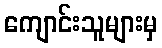
ကျောင်းသူများမှ